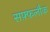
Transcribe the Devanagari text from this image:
सफ़्फ़लौक